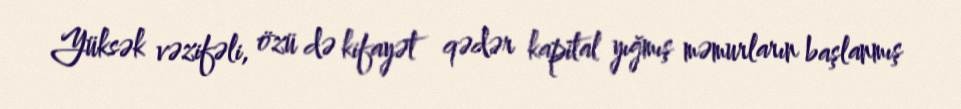
Yüksək vəzifəli, özü də kifayət qədər kapital yığmış məmurların başlanmış